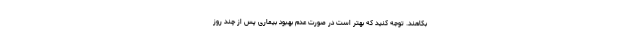
بکاهند. توجه کنید که بهتر است در صورت عدم بهبود بیماری پس از چند روز